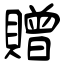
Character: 贈